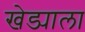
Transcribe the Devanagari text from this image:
खेड्याला